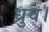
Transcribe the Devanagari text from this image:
ध्रुव।